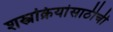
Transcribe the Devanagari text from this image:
शस्त्रक्रियांसाठीची